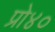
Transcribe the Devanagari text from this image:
प्रो४०